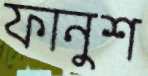
ফানুশ